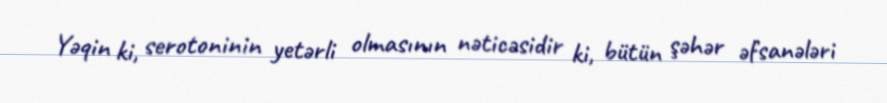
Yəqin ki, serotoninin yetərli olmasının nəticəsidir ki, bütün şəhər əfsanələri